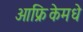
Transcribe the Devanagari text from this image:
आफ्रिकेमधे